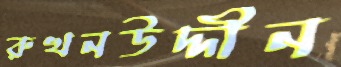
রুখনউদ্দীন